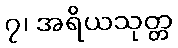
၇၊ အရိယသုတ္တ